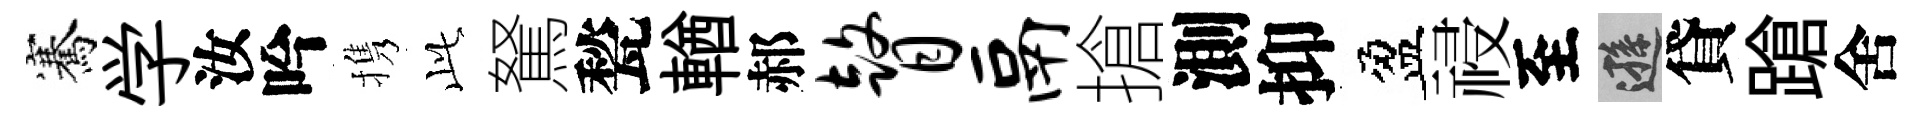
騫学汝吟携𬼘駑甃輶郝瞽鬲搶測抑盈祲至遜貸蹌舍